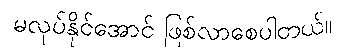
မလုပ်နိုင်အောင် ဖြစ်လာစေပါတယ်။